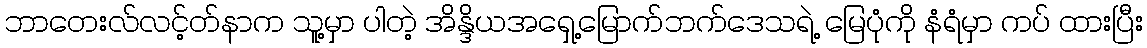
ဘာတေးလ်လင့်တ်နာက သူ့မှာ ပါတဲ့ အိန္ဒိယအရှေ့မြောက်ဘက်ဒေသရဲ့ မြေပုံကို နံရံမှာ ကပ် ထားပြီး